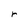
Character: r